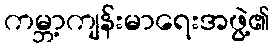
ကမ္ဘာ့ကျန်းမာရေးအဖွဲ့၏